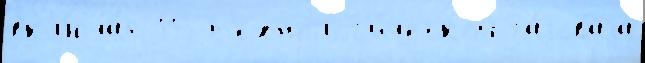
вкл'юча́я 113 т'ехнолог'и́ческой га́зоваjа